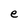
Character: e